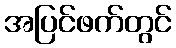
အပြင်ဖက်တွင်